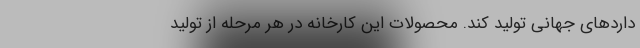
داردهای جهانی تولید کند. محصولات این کارخانه در هر مرحله از تولید